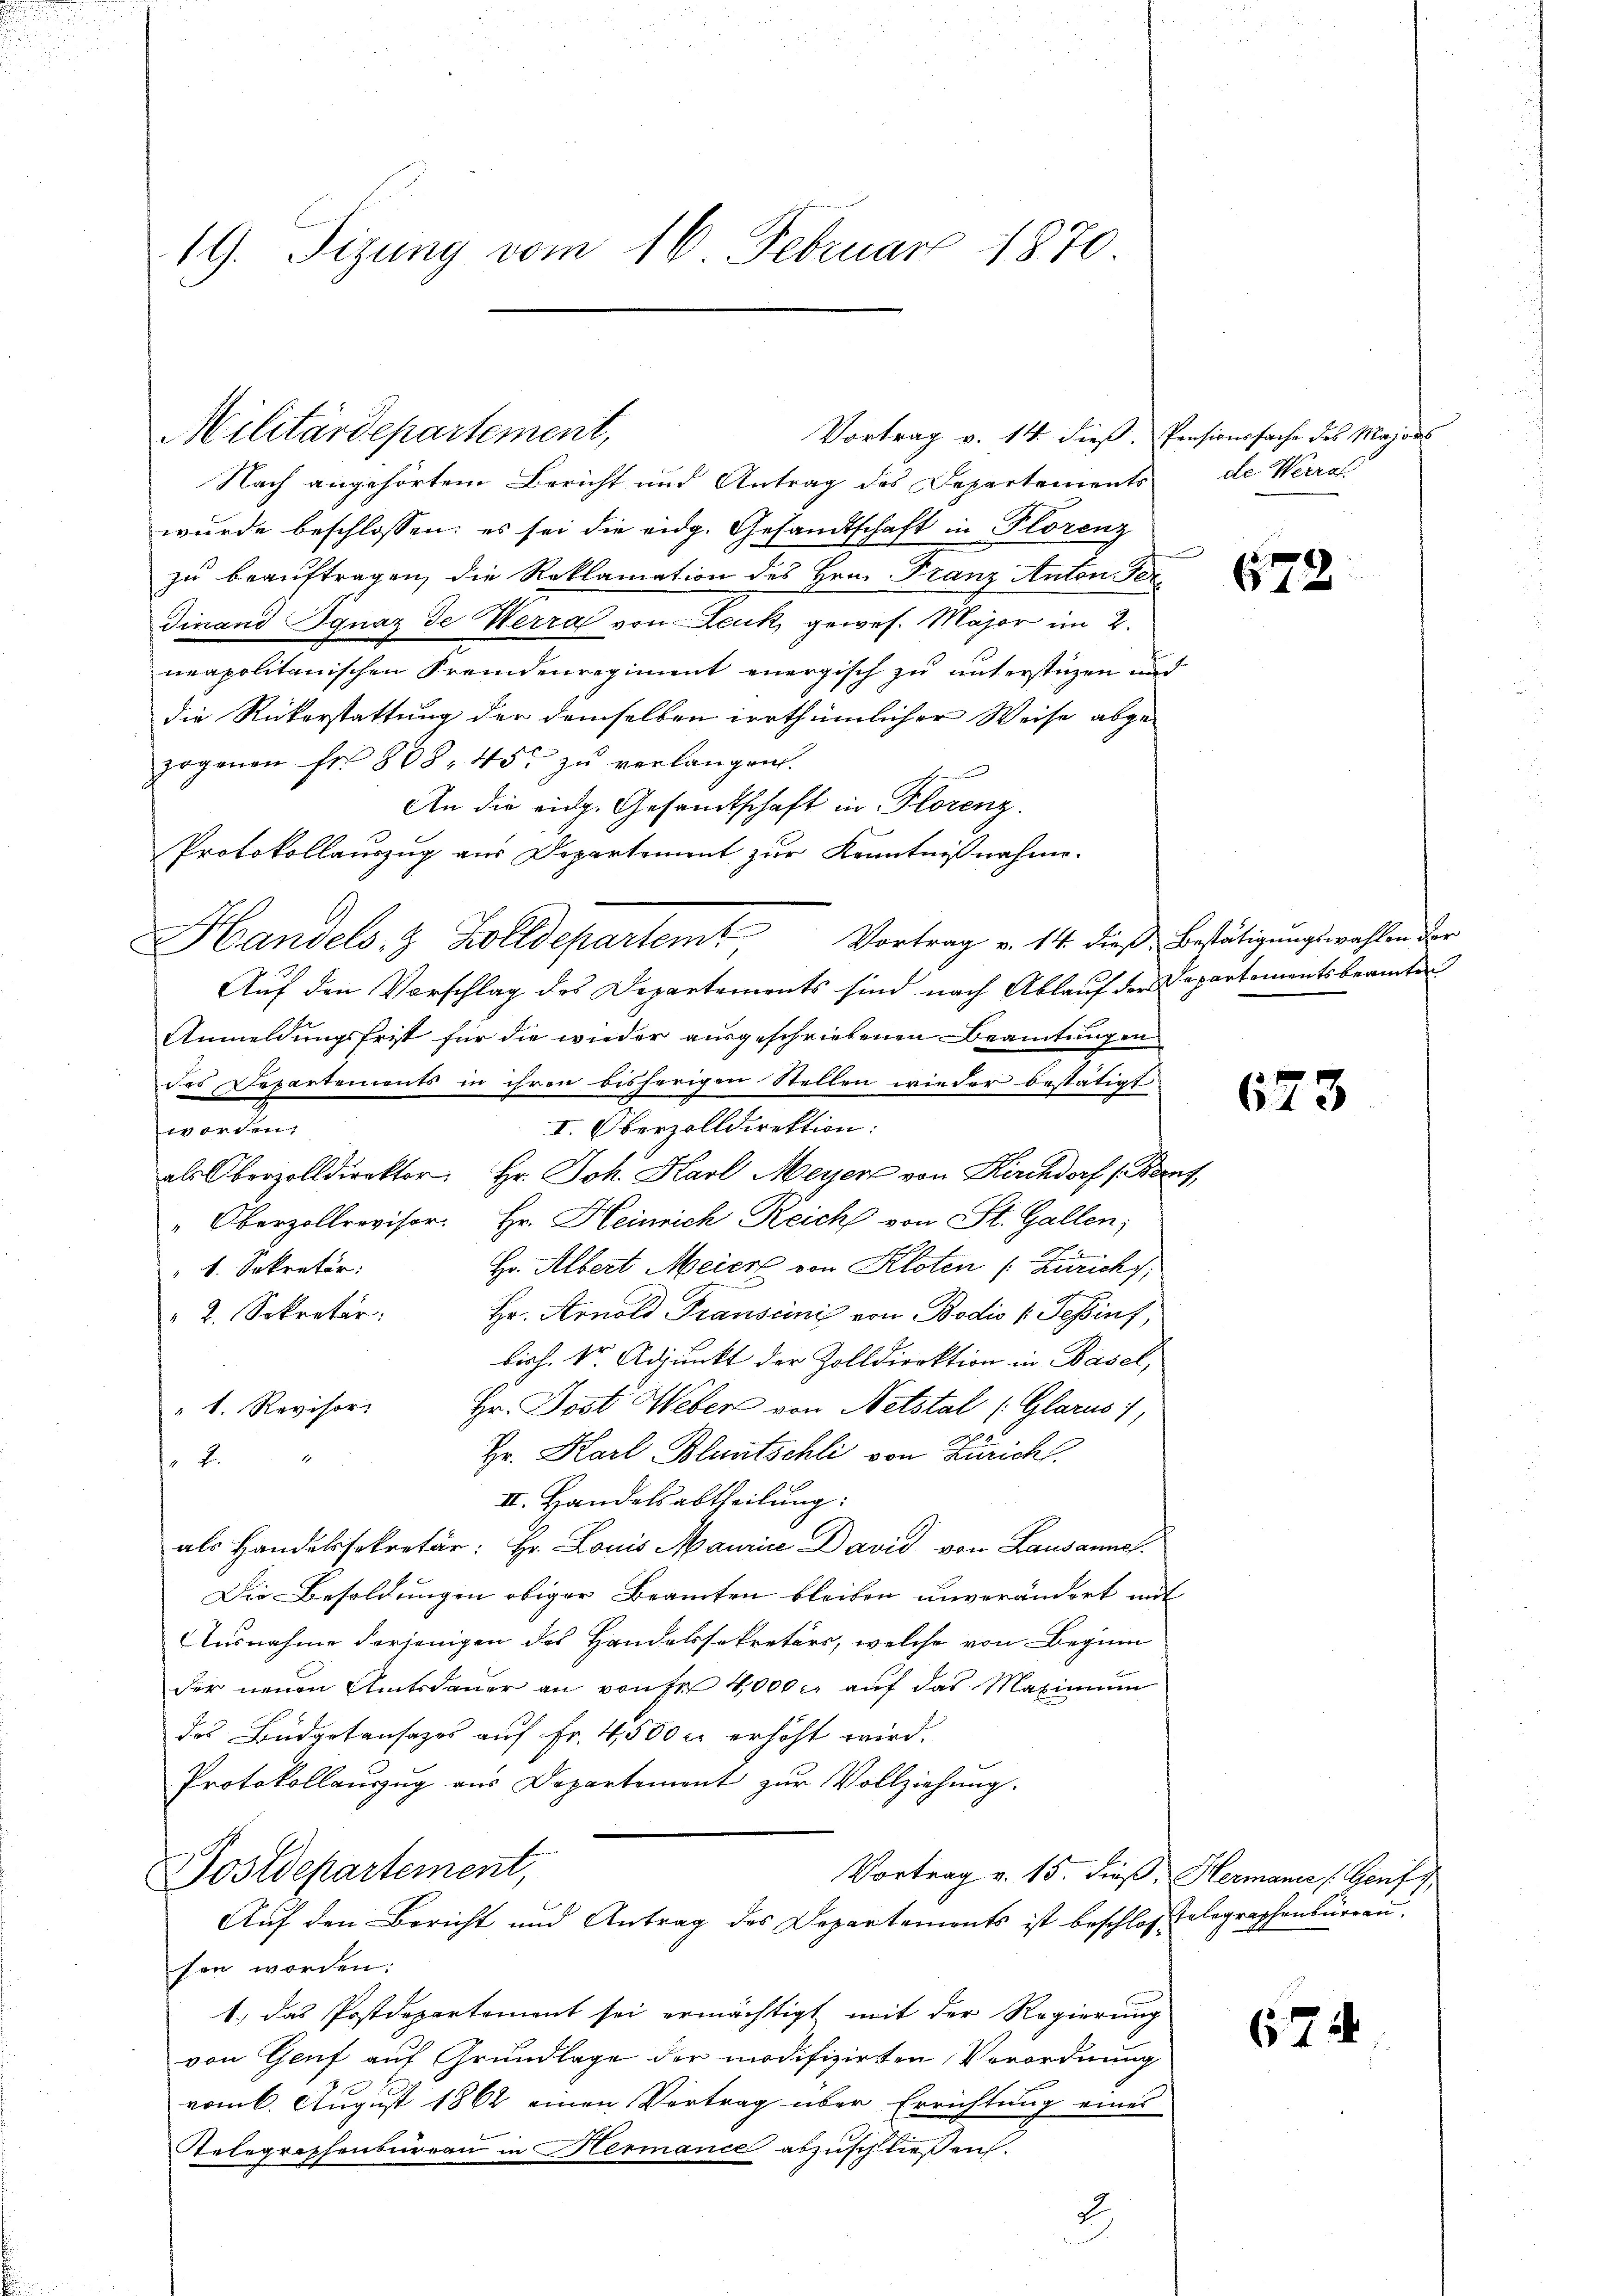
19. Sizung vom 16. Februar 1870.

Militärdepartement,

Vortrag v. 14. dieβ. Pensionssache des Majors
Nach angehörtem Bericht und Antrag des Departements
wurde beschlossen: es sei die eidg. Gesandtschaft in Florenz
zu beauftragen, die Reklamation des Hrn. Franz Anton. 70
Finand Ignaz de Werra von Leuk gewes. Major im 2.
neapolitanischen Fremdenregiment energisch zu unterstüzen und
die Rükerstattung der demselben irrthümlicher Weise abgezogenen Fr. 808. 45 zu verlangen.
An die eidg. Gesandtschaft in Florenz
Protokollauszug aus Departement zur Kenntnißnahme.
Auf den Vorschlag des Departements sind nach Ablauf der Departementsbeamte
Anmeldungsfrist für die wieder ausgeschriebenen Beamtungen
des Departements in ihren bisherigen Stellen wieder bestätigt
I. Oberzolldirektion:
fus gut tritt
als Oberzolldirektor Hr. Joh. Karl Meyer von Kirchdorf (Bern.
" Oberzollrevisor. Hr. Heinrich Reich von St. Gallen;
Hr. Albert Meier von Kloten (Zürich;
v. Sekretär:
" 2. Sekretär: Hr. Arnold Transcinis von Bodio (Tessins,
bisch. Dr. Adjunkt der Zolldirektion in Basel,
Hr. Jost Weber von Netstal (Glarus,
" 1. Revisor
Hr. Karl Bluntschli von Zürich.
1
.
II. Handelsabtheilung:
als Handelssokretär: Hr. Louis Maurie David von Lausannes.
Die Besoldungen obiger Beamten bleiben unverändert mit
Ausnahme derjenigen des Handelssekretärs, welche von Beginn
der neuen Amtsdauer an von fr 4000 l. auf das Maximum
das Budgetansazes auf Fr. 4500 c. erhöht wird.
Protokollaŭszŭg ans Departement zŭr Vollziehung.
Postdepartement,
Vortrag v. 15. dieß, Hermanne (Genf
Auf den Bericht und Antrag des Departements ist beschloss telegraphenbüreau
sen worden:
1.) Das Postdepartement sei ermächtigt mit der Regierung
von Genf auf Grundlage der modifizirten Verordnung
vom 6. August 1862 einen Vertrag über Errichtung eines
Telegraphenbureau in Hermance abzuschließen.
.

Handels- & Zolldepartemt, Vortrag v. 14. dieß Bestätigungswahlen der

de Werrat

1

1

673

64